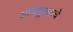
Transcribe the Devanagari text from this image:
आंत्रपुच्छाचे